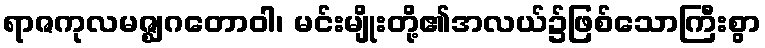
ရာဇကုလမဇ္ဈဂတောဝါ၊ မင်းမျိုးတို့၏အလယ်၌ဖြစ်သောကြီးစွာ